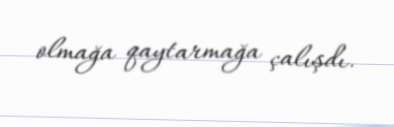
olmağa qaytarmağa çalışdı.